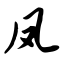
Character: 凤